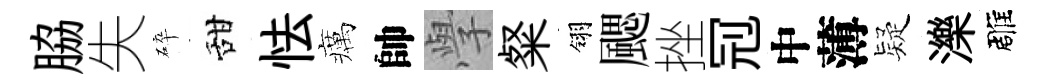
脇失碎甜怯癘帥𭓕粲翎颸挫𠜍中薄疑濼雕